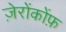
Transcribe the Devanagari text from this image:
ज़ेरोंकोंफ़